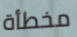
مخطأة